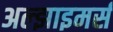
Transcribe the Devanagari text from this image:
अल्झाइमर्स